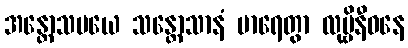
အန္တောသမယေ သန္တောသာနံ မာရေတွာ လုမ္ဗိနီဝနေ